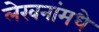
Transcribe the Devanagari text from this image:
लेखनांमधे